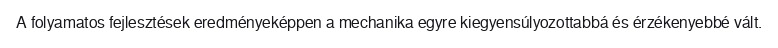
A folyamatos fejlesztések eredményeképpen a mechanika egyre kiegyensúlyozottabbá és érzékenyebbé vált.